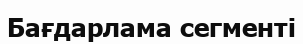
Бағдарлама сегменті